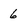
Character: 6